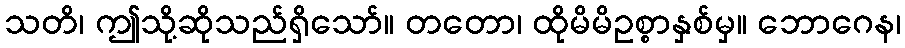
သတိ၊ ဤသို့ဆိုသည်ရှိသော်။ တတော၊ ထိုမိမိဥစ္စာနှစ်မှ။ ဘောဂေန၊